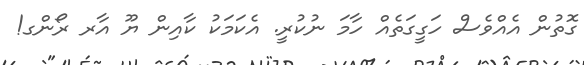
ގޮތުން އެއްވެސް ހަގީގަތެއް ހާމަ ނުކުރީ. އެކަމަކު ކާއިން ޔޫ އާރ ރޯންގ!